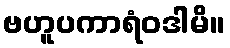
ဗဟူပကာရံဝဒါမိ။